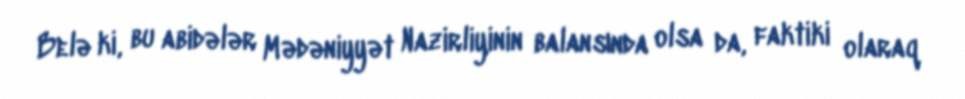
Belə ki, bu abidələr Mədəniyyət Nazirliyinin balansında olsa da, faktiki olaraq